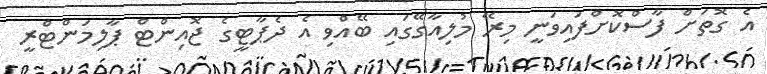
އެ ގޮތަށް ފާސްކޮށްފައިވަނީ މިރޭ މުލިއާގޭގައި ބޭއްވި އެ ދެޕާޓީގެ ޖޮއިންޓް ޕާލިމަންޓްރީ